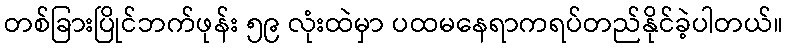
တစ်ခြားပြိုင်ဘက်ဖုန်း ၅၉ လုံးထဲမှာ ပထမနေရာကရပ်တည်နိုင်ခဲ့ပါတယ်။